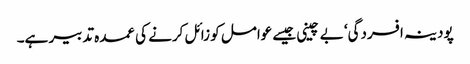
پودینہ افسردگی‘ بے چینی جیسے عوامل کو زائل کرنے کی عمدہ تدبیر ہے۔